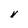
Character: V